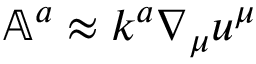
\mathbb { A } ^ { a } \approx k ^ { a } \nabla _ { \mu } u ^ { \mu }